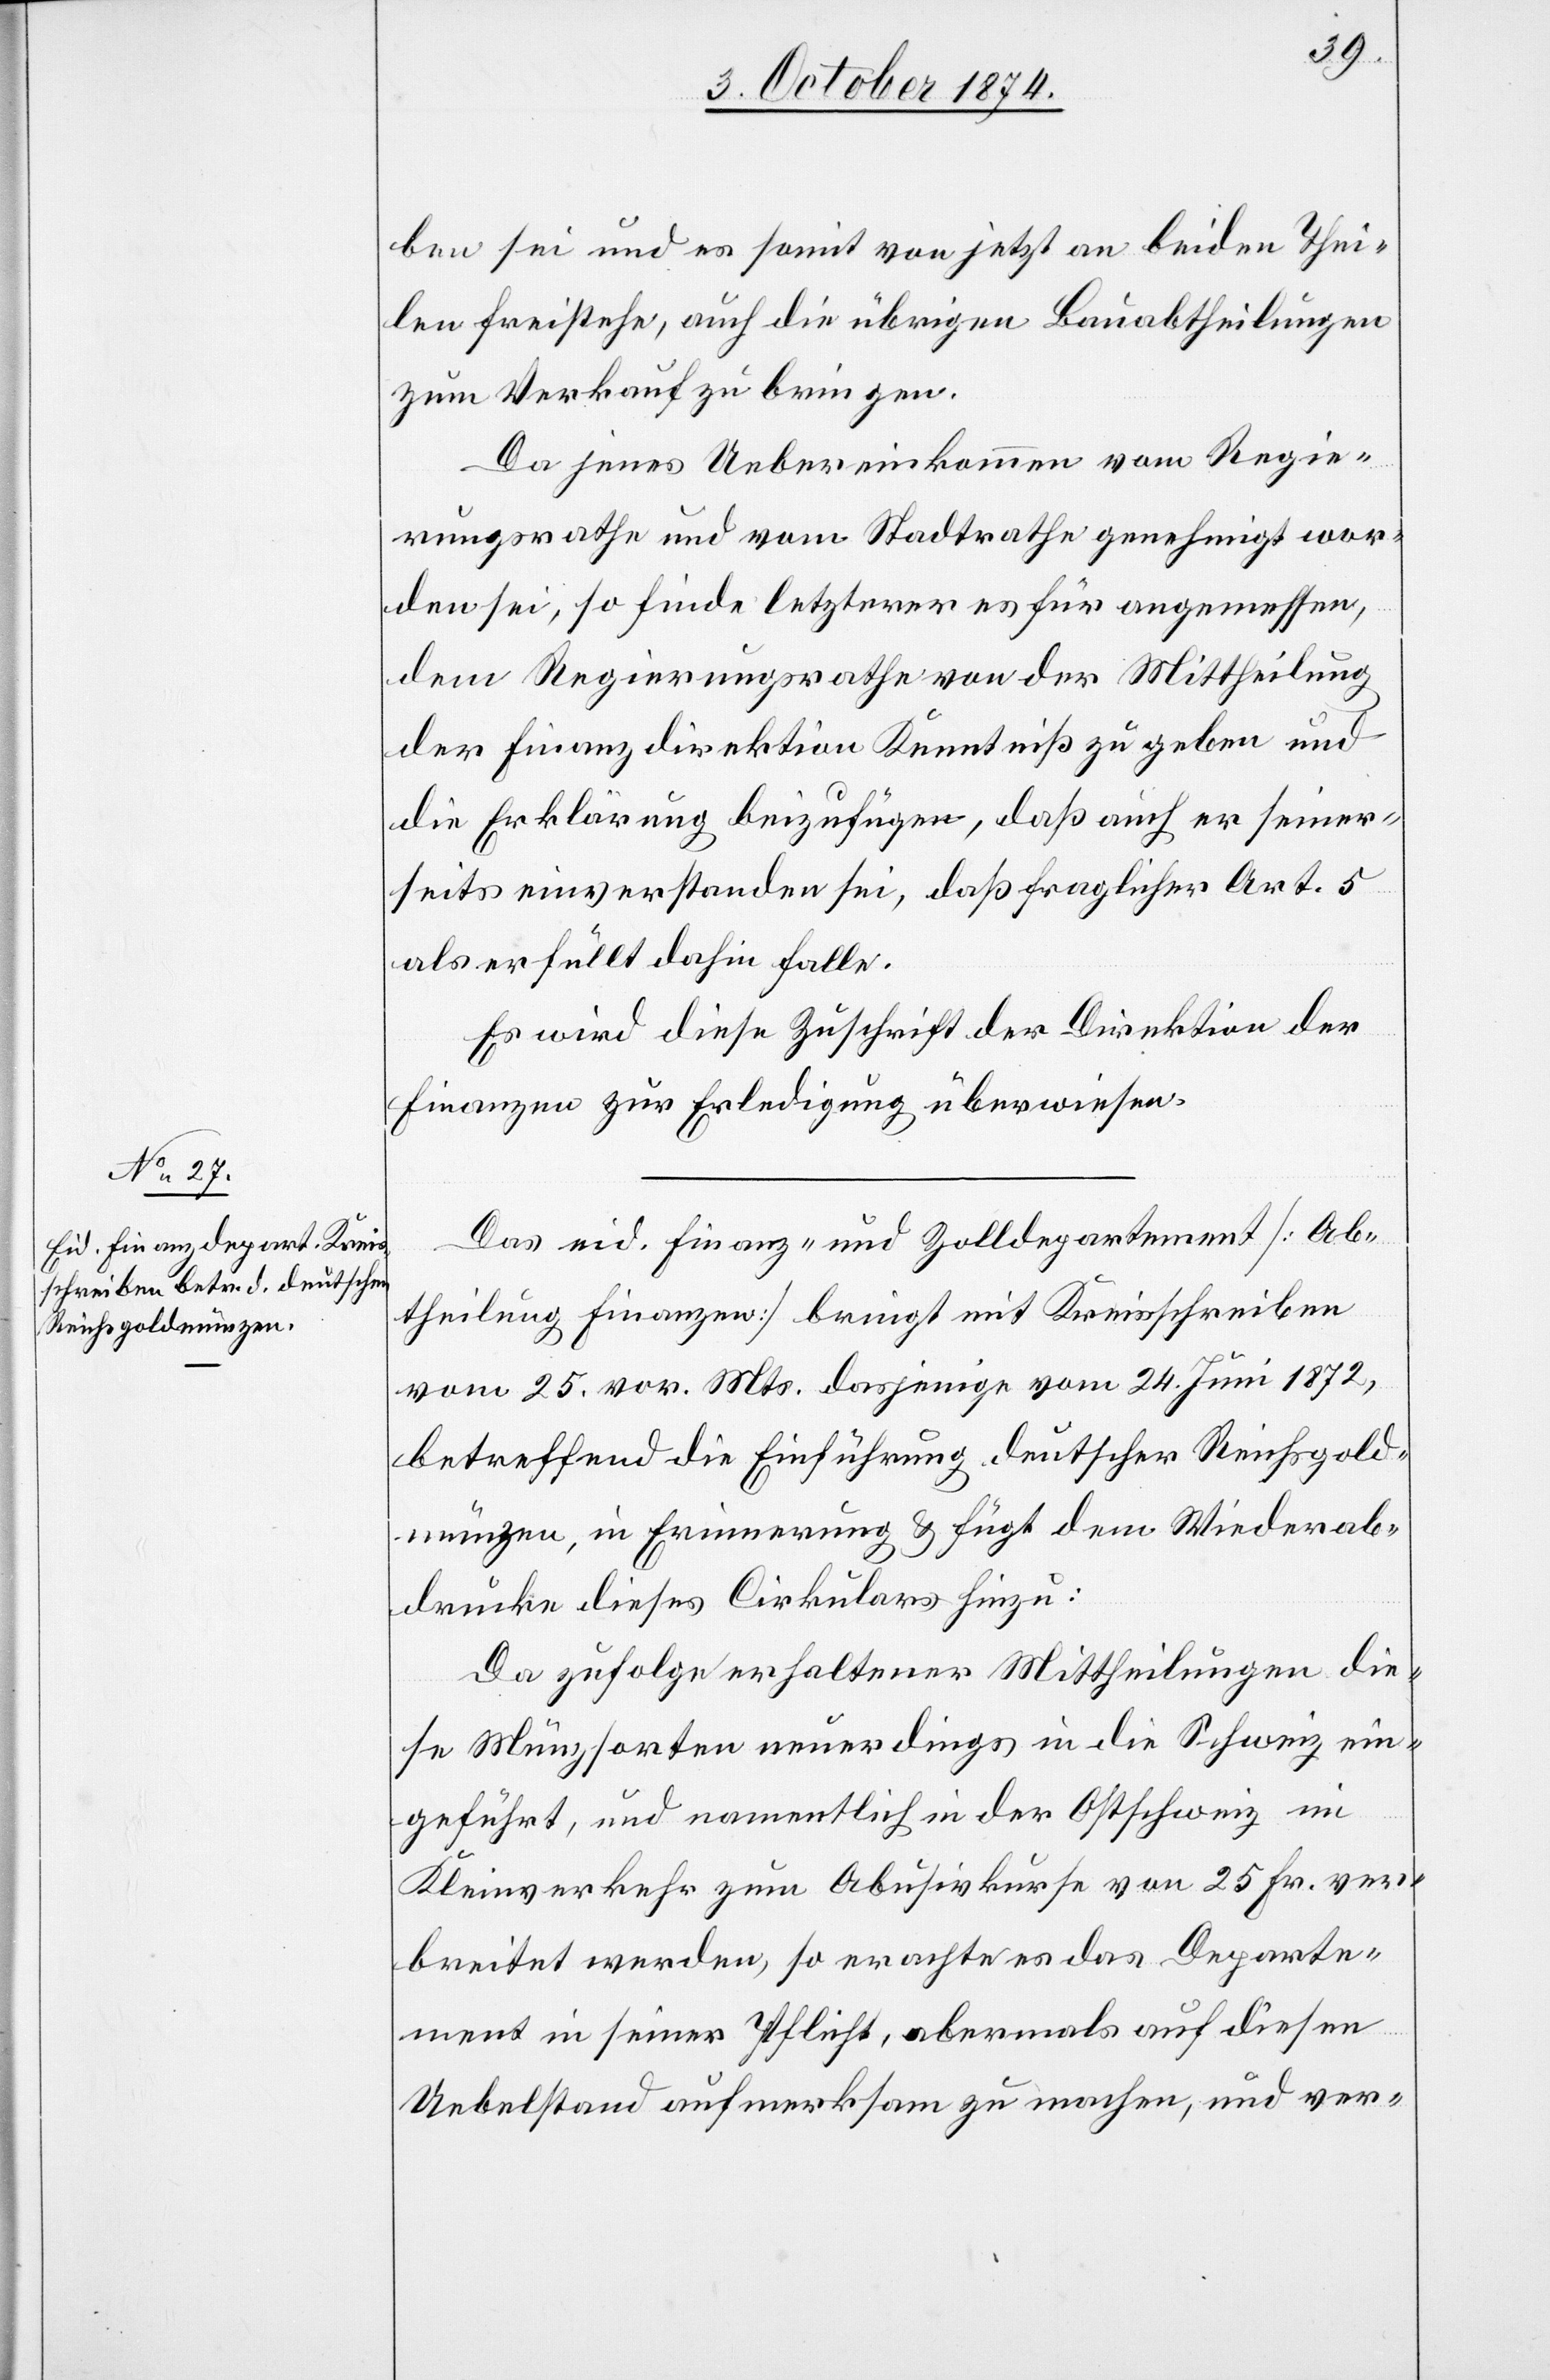
ben sei und es somit von jetzt an beiden Thei¬
len freistehe, auch die übrigen Bauabtheilungen
zum Verkauf zu bringen.
Da jenes Uebereinkommen vom Regie¬
rungsrathe und vom Stadtrathe genehmigt wor¬
den sei, so finde letzterer es für angemessen,
dem Regierungsrathe von der Mittheilung
der Finanzdirektion Kenntniß zu geben und
die Erklärung beizufügen, daß auch er seiner¬
seits einverstanden sei, daß fraglicher Art. 5
als erfüllt dahin falle.
Es wird diese Zuschrift der Direktion der
Finanzen zur Erledigung überwiesen.
Das eid. Finanz- und Zolldepartement [Ab¬
theilung Finanzen] bringt mit Kreisschreiben
vom 25. vor. Mts. dasjenige vom 24. Juni 1872,
betreffend die Einführung deutscher Reichsgold¬
münzen, in Erinnerung & fügt dem Wiederab¬
drucke dieses Cirkulars hinzu:
Da zufolge erhaltener Mittheilungen die¬
se Münzsorten neuerdings in die Schweiz ein¬
geführt, und namentlich in der Ostschweiz im
Kleinverkehr zum Abusivkurse von 25. Fr. ver¬
breitet werden, so erachte es das Departe¬
ment in seiner Pflicht, abermals auf diesen
Uebelstand aufmerksam zu machen, und ver-